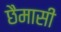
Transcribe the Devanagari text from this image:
छैमासी